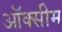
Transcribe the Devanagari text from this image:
ऑक्सीम